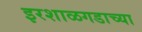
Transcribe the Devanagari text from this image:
इरशाळगडाच्या